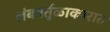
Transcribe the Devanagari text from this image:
लंबवर्तुळाकारात